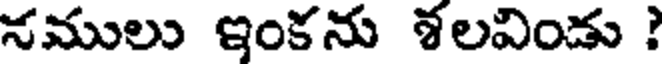
నములు ఇంకను శలవిండు ?